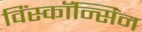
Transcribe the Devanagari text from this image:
विंस्कॉन्सिन